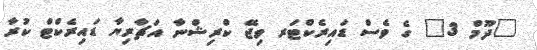
"ދޫމް 3" ގެ ވެސް ޑައިރެކްޓަރ ވިޖޭ ކްރިޝްނާ އަޗާރިޔާ ޑައިރެކްޓް ކުރާ